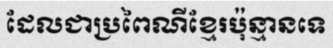
ដែលជាប្រពៃណីខ្មែរប៉ុន្មានទេ